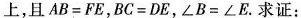
上，且 $$A B = F E$$，$$B C = D E$$，$$∠ B = ∠ E$$。求证：